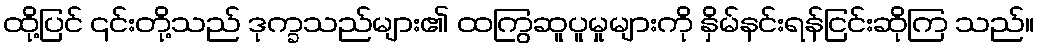
ထို့ပြင် ၎င်းတို့သည် ဒုက္ခသည်များ၏ ထကြွဆူပူမှုများကို နှိမ်နင်းရန်ငြင်းဆိုကြ သည်။